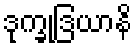
ဒုက္ခုဒြယာနိ